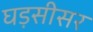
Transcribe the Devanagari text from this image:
घड़सीसर